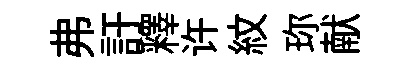
弗訏釋许紋珎献